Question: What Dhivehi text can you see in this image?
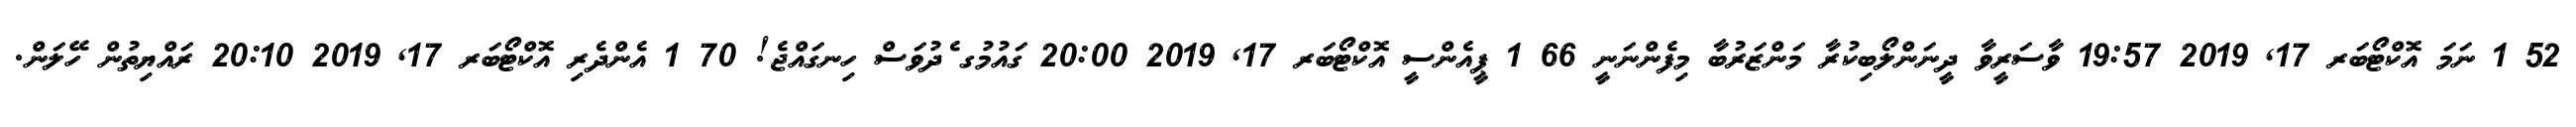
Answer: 52 1 ނަމަ އޮކްޓޯބަރ 17, 2019 19:57 ވާސަރީވާ ދީނަންލޯބިކުރާ މަންޒަރުބާ މިފެންނަނީ 66 1 ޕީއެންސީ އޮކްޓޯބަރ 17, 2019 20:00 ގައުމުގ ެދުވަސް ހިނގައްޖެ! 70 1 އެންދެރި އޮކްޓޯބަރ 17, 2019 20:10 ރައްޔިތުން ހޭލަން.